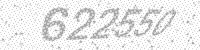
Solution: 622550